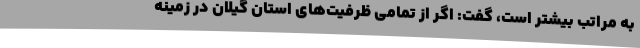
به مراتب بیشتر است، گفت: اگر از تمامی ظرفیت‌های استان گیلان در زمینه